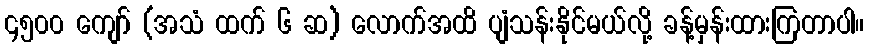
၄၅၀၀ ကျော် (အသံ ထက် ၆ ဆ) လောက်အထိ ပျံသန်းနိုင်မယ်လို့ ခန့်မှန်းထားကြတာပါ။